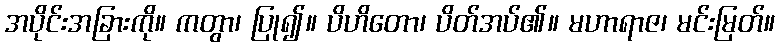
အပိုင်းအခြားကို။ ကတွာ၊ ပြု၍။ ပိဟိတော၊ ပိတ်အပ်၏။ မဟာရာဇ၊ မင်းမြတ်။